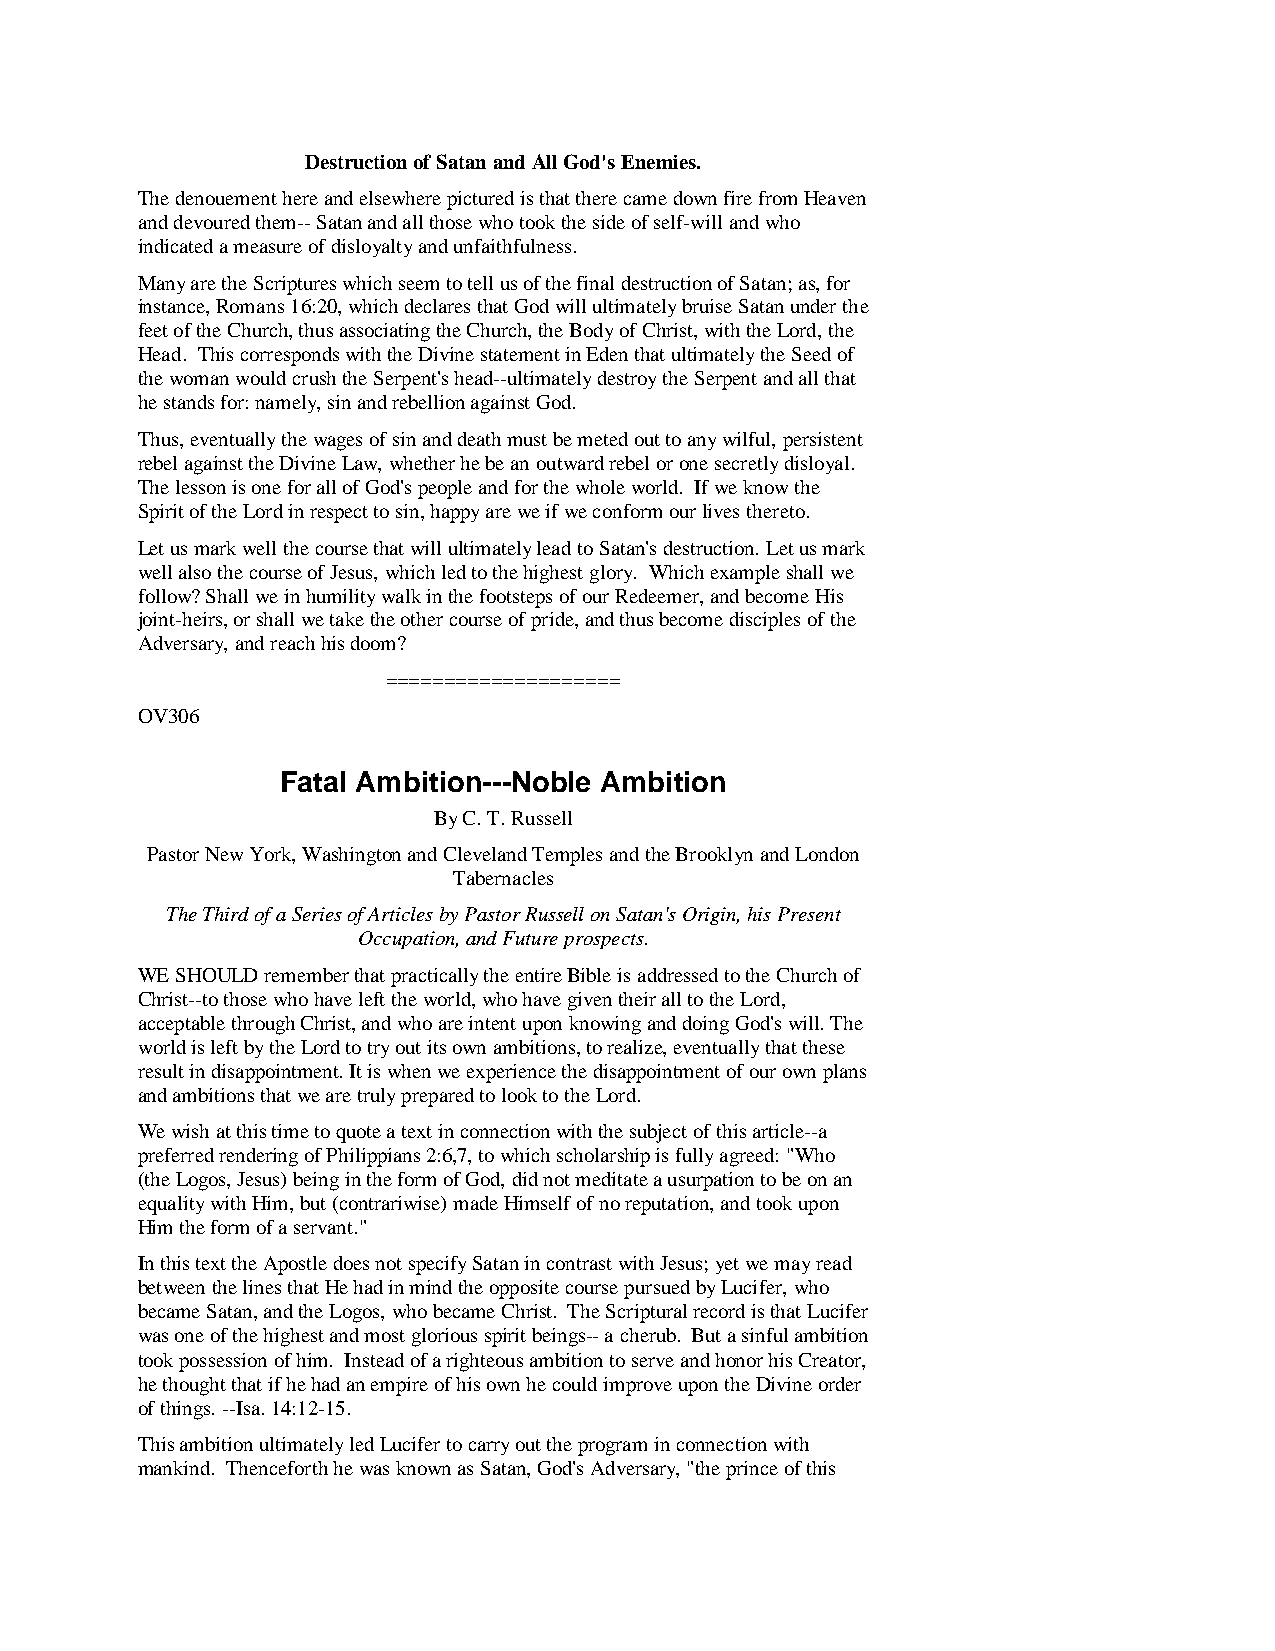
Destruction of Satan and All God's Enemies.
 The denouement here and elsewhere pictured is that there came down fire from Heaven
 and devoured them-- Satan and all those who took the side of self-will and who
 indicated a measure of disloyalty and unfaithfulness.
 Many are the Scriptures which seem to tell us of the final destruction of Satan; as, for
 instance, Romans 16:20, which declares that God will ultimately bruise Satan under the
 feet of the Church, thus associating the Church, the Body of Christ, with the Lord, the
 Head. This corresponds with the Divine statement in Eden that ultimately the Seed of
 the woman would crush the Serpent's head--ultimately destroy the Serpent and all that
 he stands for: namely, sin and rebellion against God.
 Thus, eventually the wages of sin and death must be meted out to any wilful, persistent
 rebel against the Divine Law, whether he be an outward rebel or one secretly disloyal.
 The lesson is one for all of God's people and for the whole world. If we know the
 Spirit of the Lord in respect to sin, happy are we if we conform our lives thereto.
 Let us mark well the course that will ultimately lead to Satan's destruction. Let us mark
 well also the course of Jesus, which led to the highest glory. Which example shall we
 follow? Shall we in humility walk in the footsteps of our Redeemer, and become His
 joint-heirs, or shall we take the other course of pride, and thus become disciples of the
 Adversary, and reach his doom?
 ====================
 OV306
 Fatal Ambition---Noble Ambition
 By C. T. Russell
 Pastor New York, Washington and Cleveland Temples and the Brooklyn and London
 Tabernacles
 The Third of a Series of Articles by Pastor Russell on Satan's Origin, his Present
 Occupation, and Future prospects.
 WE SHOULD remember that practically the entire Bible is addressed to the Church of
 Christ--to those who have left the world, who have given their all to the Lord,
 acceptable through Christ, and who are intent upon knowing and doing God's will. The
 world is left by the Lord to try out its own ambitions, to realize, eventually that these
 result in disappointment. It is when we experience the disappointment of our own plans
 and ambitions that we are truly prepared to look to the Lord.
 We wish at this time to quote a text in connection with the subject of this article--a
 preferred rendering of Philippians 2:6,7, to which scholarship is fully agreed: "Who
 (the Logos, Jesus) being in the form of God, did not meditate a usurpation to be on an
 equality with Him, but (contrariwise) made Himself of no reputation, and took upon
 Him the form of a servant."
 In this text the Apostle does not specify Satan in contrast with Jesus; yet we may read
 between the lines that He had in mind the opposite course pursued by Lucifer, who
 became Satan, and the Logos, who became Christ. The Scriptural record is that Lucifer
 was one of the highest and most glorious spirit beings-- a cherub. But a sinful ambition
 took possession of him. Instead of a righteous ambition to serve and honor his Creator,
 he thought that if he had an empire of his own he could improve upon the Divine order
 of things. --Isa. 14:12-15.
 This ambition ultimately led Lucifer to carry out the program in connection with
 mankind. Thenceforth he was known as Satan, God's Adversary, "the prince of this